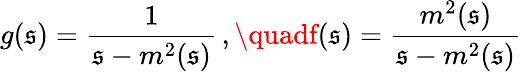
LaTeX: g(\mathfrak{s})=\frac{{1}}{{\mathfrak{s}-m^{2}(\mathfrak{s})}}\, ,\quadf(\mathfrak{s})=\frac{{m^{2}(\mathfrak{s})}}{{\mathfrak{s}-m^{2}(\mathfrak{s})}}